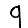
Digit: 9